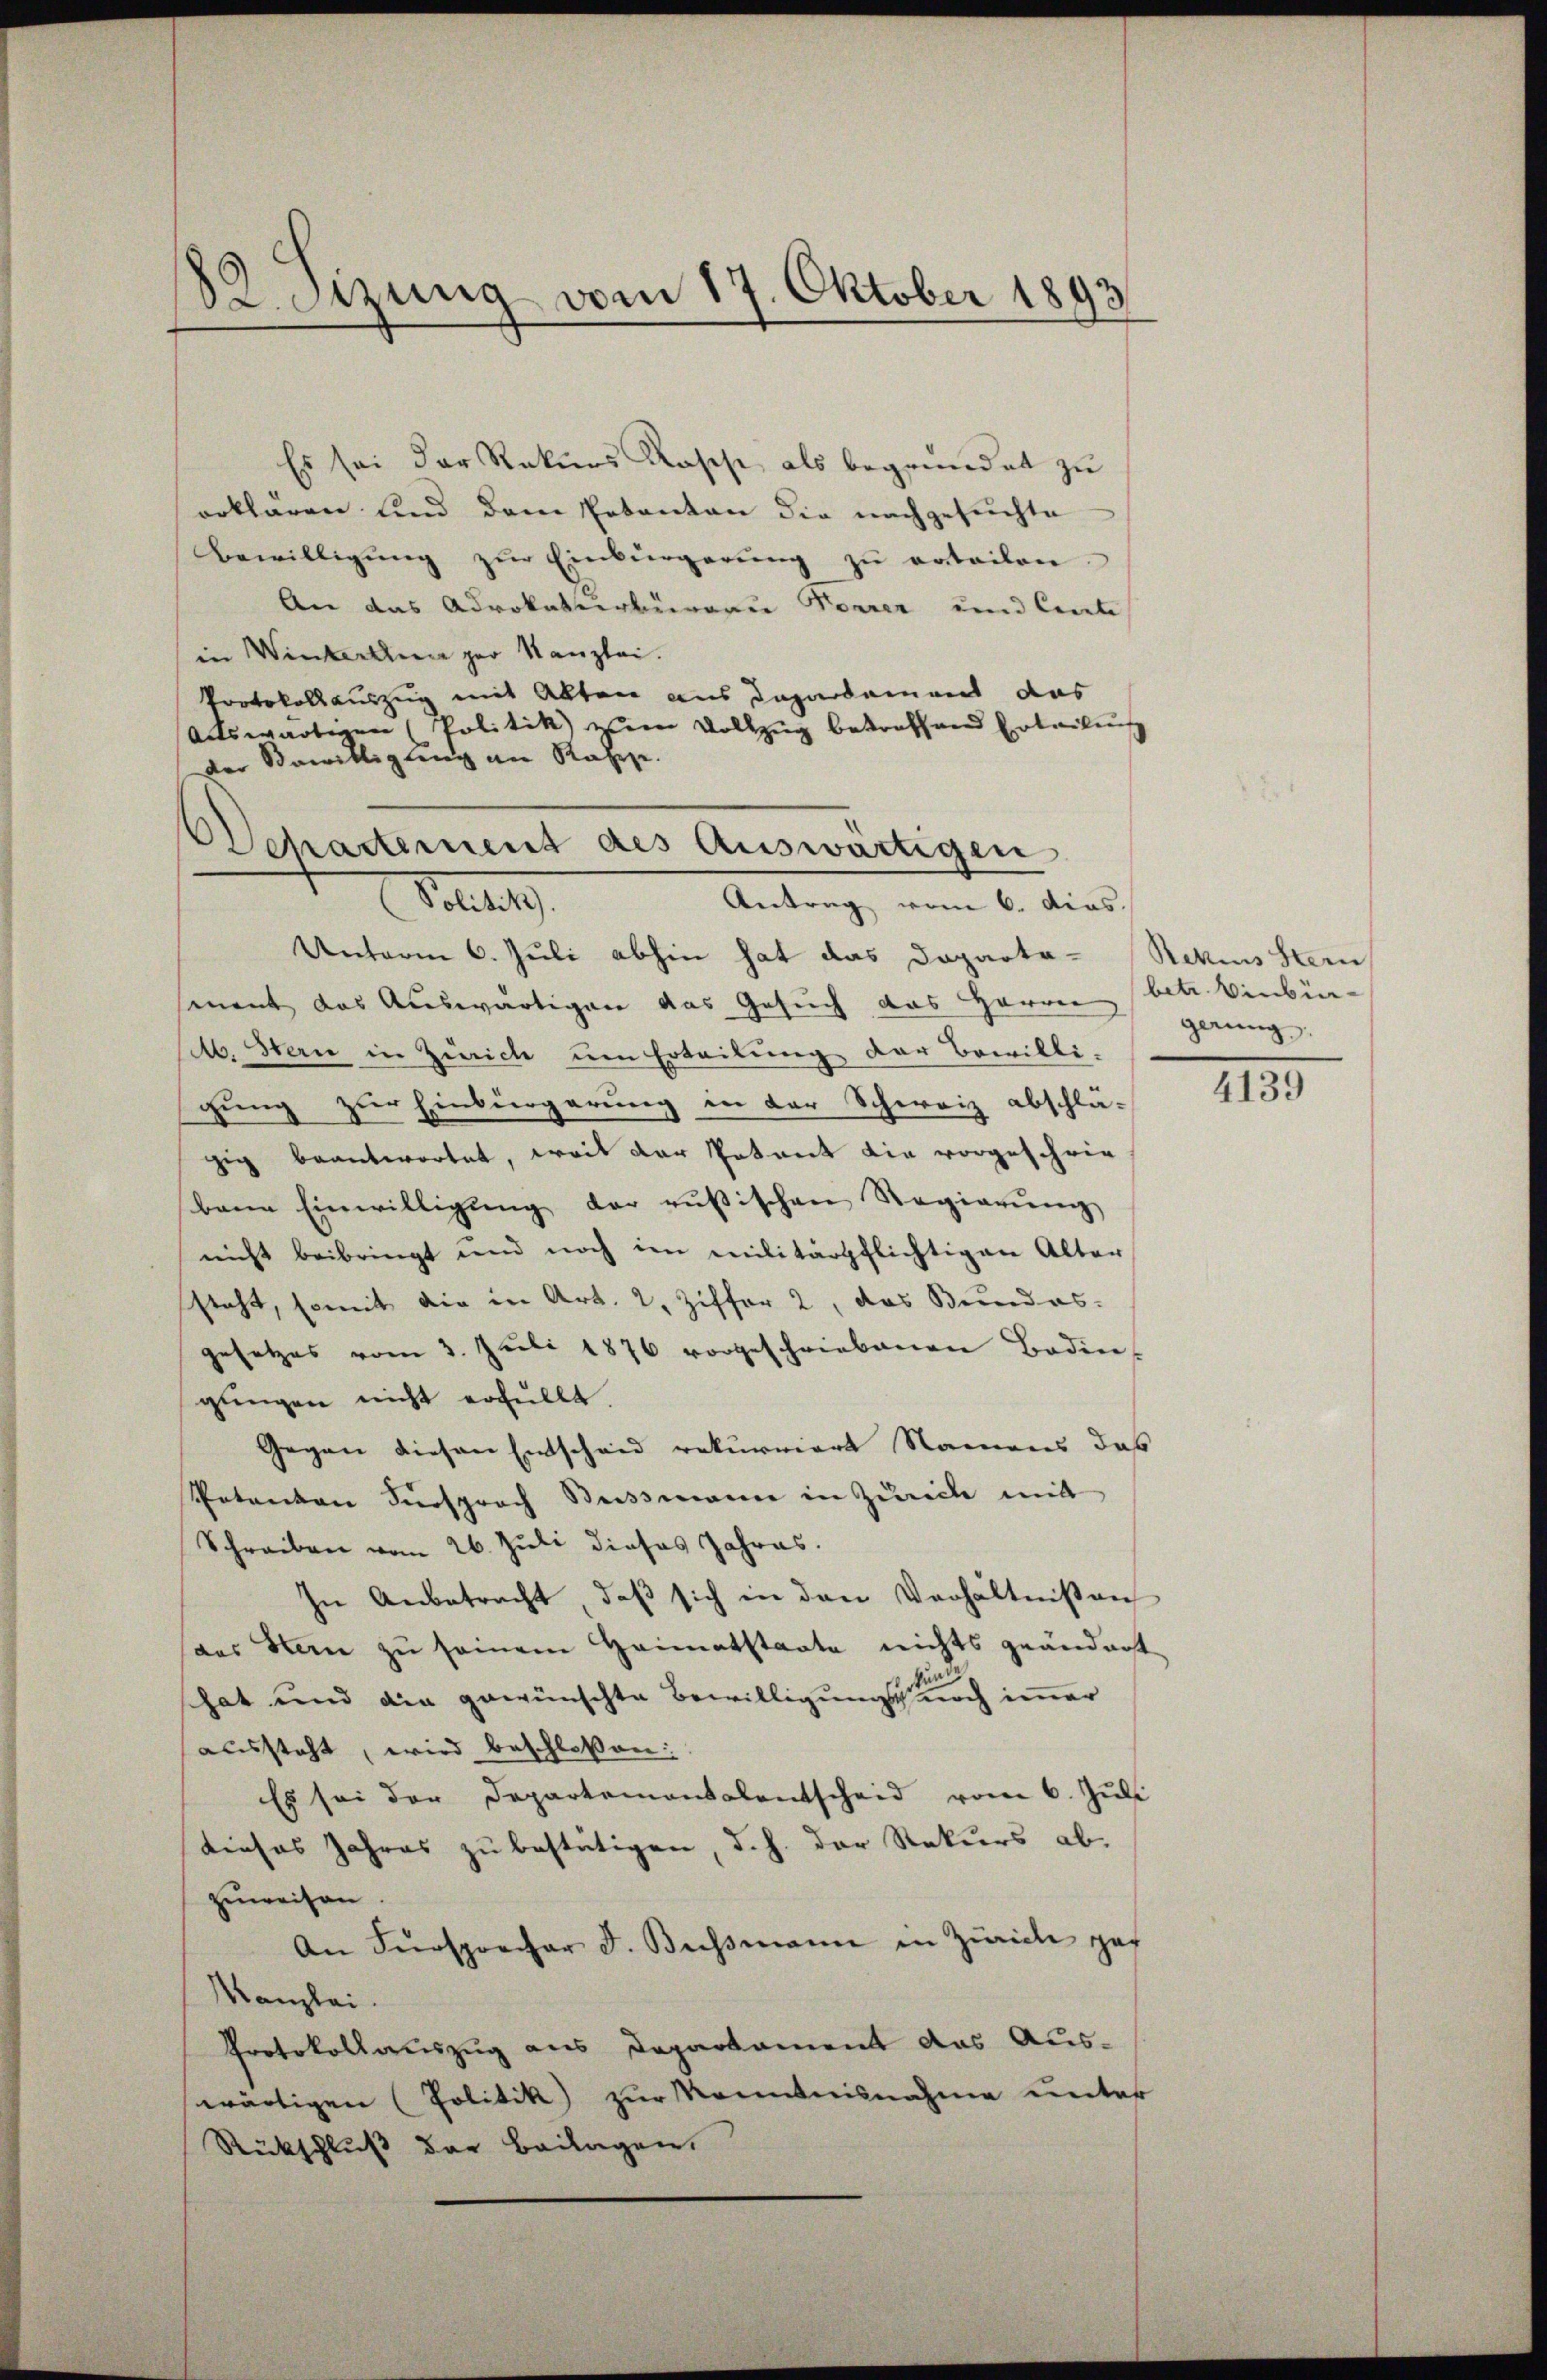
82 sezung vom 17. Oktober 1893

Es sei der Rekurs Rasche als begründet zu
erklären und dem Erkanton die nachgesuchte
Bewilligŭng zŭr Einbürgerŭng zŭ erteilen.
An das Advokaturbüreau Forrer und Centi
in Winterten zur Kanzlei.
Protokollauszug mit Akten aus Dapardament das
Artswärtigen (Politik zum Vollzug betreffend Erteilung
der Bewilligung an Rahre.

Departement des Auswärtigen
Dotiers.
Antrag vom 6. dias.

Unterm 6. Juli abhin hat das Doparta-Rekins Stern
smnent das Auswärtigen das Gesuch das Herren (betr. Vinbür-
M. Stern in Zürich um Erteilung der Bewilli-
gung zur Einbürgerung in der Schweiz abschlä-
gig beantwortet, weil der Petent die vorgeschriebarn Einwilligŭng der rusischen Regierŭng
nicht beibringt und noch im militärpflichtigen Alter
steht, somit die in Art. 2, Ziffer 2, das Bundes-
gesetzes vom 3. Juli 1876 vorgeschriebenen Boden-
glingen nicht erfüllt.
Gegen diesen Entscheid rekurriert Namens das
Patenten Fürsprach Seitsmann in Zürich mit
Schreiben vom 26. Juli dieses Jahres.
In Anbetracht, daß sich in den Verhältnißen
aas Stern zŭ seinem Heimatstaate nichts geändert
hat und die gewünschte Bewilligung noch immer
aussteht, wird beschloßen:
Es sei der Departementalentscheid vom 6. Juli
dieses Jahres zu bestätigen, d. h. der Rekurs ab.
zuweisen.
An Fürsprecher F. Bismann in Zürich ges
Kanzlei.
Protokollauszug aus Departament das Aus-
wärtigen (Politik zur Kenntnisnahme unter
Rückschluß der Beilagen,

gerung.

4139